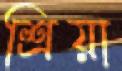
শ্রিয়া